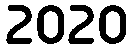
2020